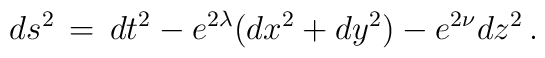
ds^2 \, = \, dt^2 - e^{2\lambda}(dx^2 + dy^2) - e^{2\nu}dz^2 \, .